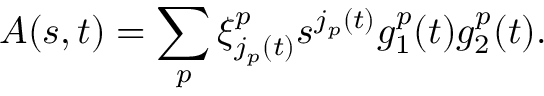
A ( s , t ) = \sum _ { p } ^ { } \xi _ { j _ { p } ( t ) } ^ { p } s _ { } ^ { j _ { p } ( t ) } g _ { 1 } ^ { p } ( t ) g _ { 2 } ^ { p } ( t ) .